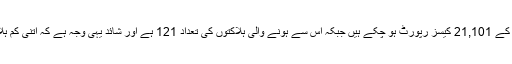
یہاں یہ امر قابل ذکر ہے کہ بیلاروس میں اب تک کورونا وائرس کے 21,101 کیسز رپورٹ ہو چکے ہیں جبکہ اس سے ہونے والی ہلاکتوں کی تعداد 121 ہے اور شائد یہی وجہ ہے کہ اتنی کم ہلاکتوں کی وجہ سے ہی فٹ بال لیگ کا دوبارہ آغاز کر دیا گیا ہے۔